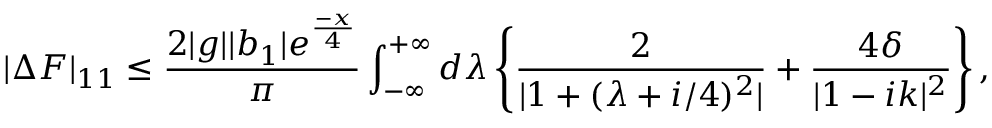
| \Delta F | _ { 1 1 } \leq \frac { 2 | g | | b _ { 1 } | e ^ { \frac { - x } { 4 } } } { \pi } \int _ { - \infty } ^ { + \infty } d \lambda \left\{ \frac { 2 } { | 1 + ( \lambda + i / 4 ) ^ { 2 } | } + \frac { 4 \delta } { | 1 - i k | ^ { 2 } } \right\} ,